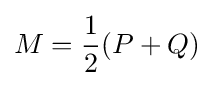
M={\frac {1}{2}}(P+Q)